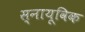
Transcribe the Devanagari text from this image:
स्नायूविक